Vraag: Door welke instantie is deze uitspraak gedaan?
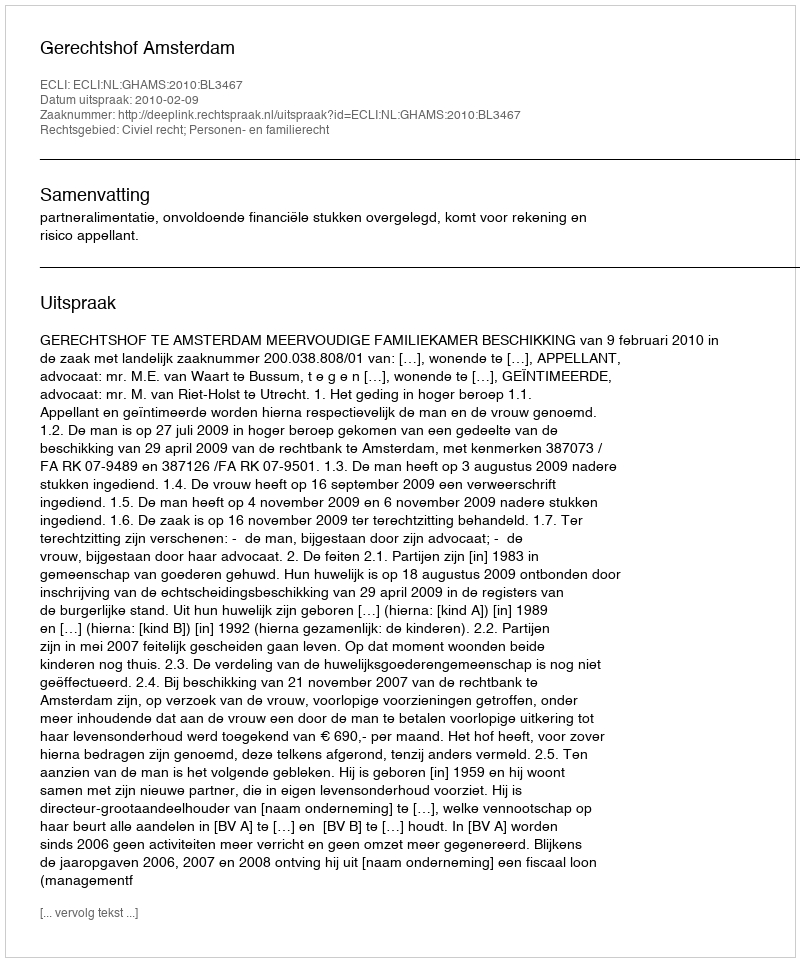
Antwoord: Gerechtshof Amsterdam